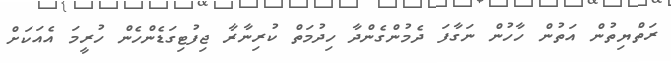
ރަތްޔިތުން އަތުން ހާހުން ނަގާފަ ދެމުންގެންދާ ހިދުމަތް ކުރިނާރާ ޖިފުޓިގަޑެންހެން ހުރީމަ އެއަކަށް